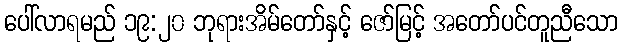
ပေါ်လာရမည် ၁၉:၂၀ ဘုရားအိမ်တော်နှင့် ဇော်မြင့် အတော်ပင်တူညီသော